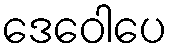
ဒေဝေါပေ